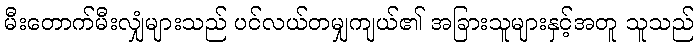
မီးတောက်မီးလျှံများသည် ပင်လယ်တမျှကျယ်၏ အခြားသူများနှင့်အတူ သူသည်